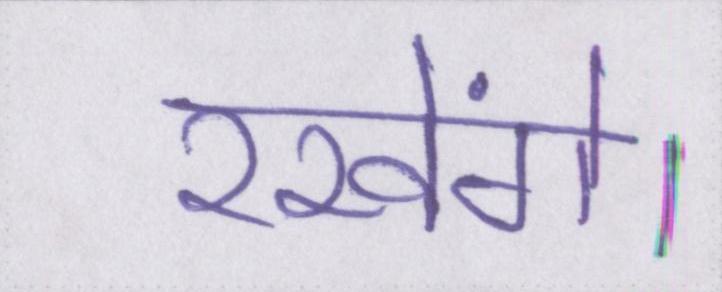
रखेंगे।